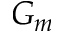
G _ { m }